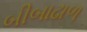
બીબાઢાળ